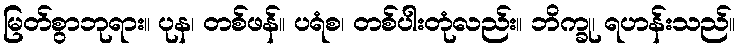
မြတ်စွာဘုရား။ ပုန၊ တစ်ဖန်။ ပရံစ၊ တစ်ပါးတုံလည်း။ ဘိက္ခု၊ ရဟန်းသည်။